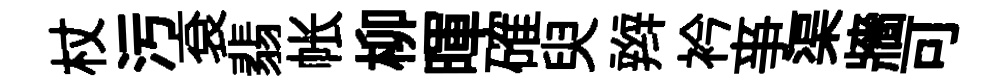
杖污袞翡帐柳暉確臾辫衿亊渠牆可